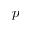
p